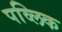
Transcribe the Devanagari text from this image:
पव्लिक